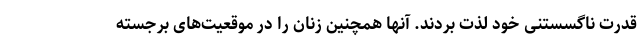
قدرت ناگسستنی خود لذت بردند. آنها همچنین زنان را در موقعیت‌های برجسته